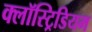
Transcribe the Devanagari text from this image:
क्लॉस्ट्रिडियम